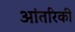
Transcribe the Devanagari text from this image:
आंतरिकी